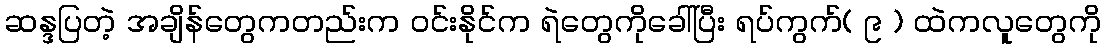
ဆန္ဒပြတဲ့ အချိန်တွေကတည်းက ဝင်းနိုင်က ရဲတွေကိုခေါ်ပြီး ရပ်ကွက်( ၉ ) ထဲကလူတွေကို